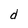
Character: d